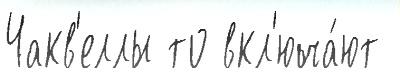
Чакв'еллы то вкл'юча́ют